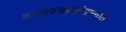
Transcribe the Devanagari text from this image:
वास्ववचंद्रश्रृंगोन्नति